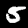
Label: 5